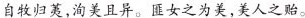
自牧归荑，洵美且异。匪女之为美，美人之贻。